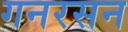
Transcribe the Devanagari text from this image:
गनरसन